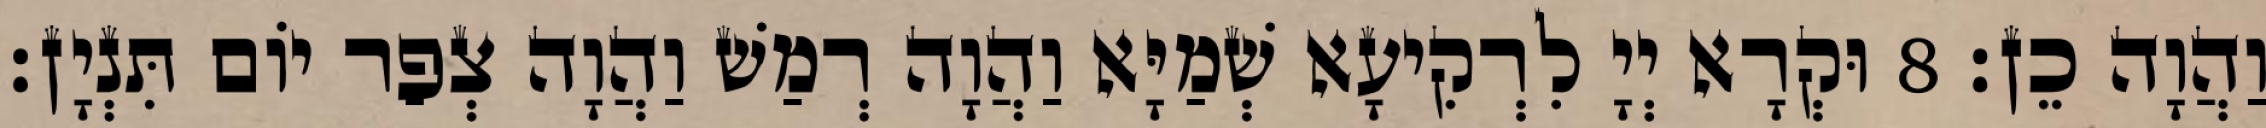
וַהֲוָה כֵן׃ 8 וּקְרָא יְיָ לִרְקִיעָא שְׁמַיָּא וַהֲוָה רְמַשׁ וַהֲוָה צְפַר יוֹם תִּנְיָן׃